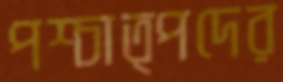
পশ্চাত্পদের